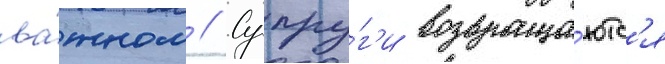
ва́жном // Супру́г'и возвраща́ютс'я